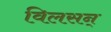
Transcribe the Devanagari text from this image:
विलसन्